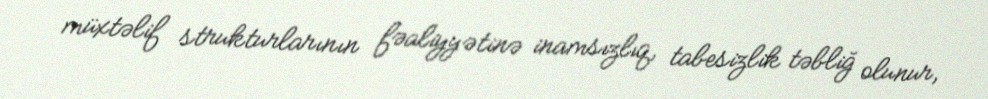
müxtəlif strukturlarının fəaliyyətinə inamsızlıq, tabesizlik təbliğ olunur,